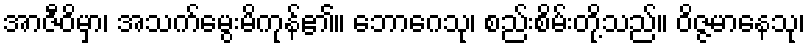
အာဇီဝိမှာ၊ အသက်မွေးမိကုန်၏။ ဘောဂေသု၊ စည်းစိမ်းတို့သည်။ ဝိဇ္ဇမာနေသု၊